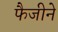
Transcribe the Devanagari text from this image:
फैजीने